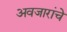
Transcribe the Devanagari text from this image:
अवजारांचे